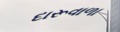
દારૂવાળા